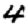
Digit: 4